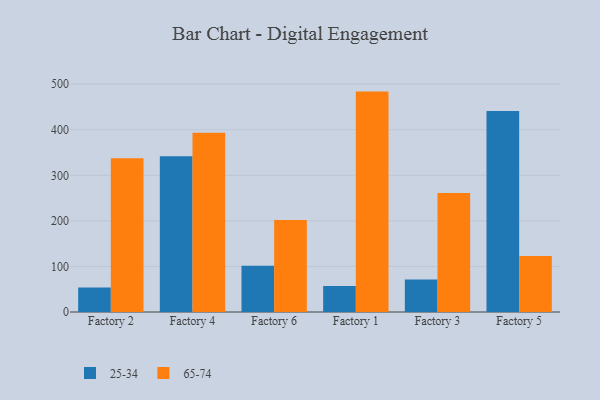
{"axis": {"x": "Factory", "y": "Population (Million)"}, "legend": ["25-34", "65-74"], "data": [{"x": "Factory 2", "y": 53.7, "type": "25-34"}, {"x": "Factory 2", "y": 337.2, "type": "65-74"}, {"x": "Factory 4", "y": 341.7, "type": "25-34"}, {"x": "Factory 4", "y": 393.3, "type": "65-74"}, {"x": "Factory 6", "y": 101.3, "type": "25-34"}, {"x": "Factory 6", "y": 201.8, "type": "65-74"}, {"x": "Factory 1", "y": 56.8, "type": "25-34"}, {"x": "Factory 1", "y": 483.7, "type": "65-74"}, {"x": "Factory 3", "y": 71.4, "type": "25-34"}, {"x": "Factory 3", "y": 260.9, "type": "65-74"}, {"x": "Factory 5", "y": 441.1, "type": "25-34"}, {"x": "Factory 5", "y": 122.8, "type": "65-74"}]}